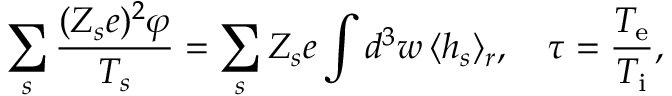
\sum _ { s } \frac { ( Z _ { s } e ) ^ { 2 } \varphi } { T _ { s } } = \sum _ { s } Z _ { s } e \int d ^ { 3 } \boldsymbol { w } \, \langle h _ { s } \rangle _ { \boldsymbol { r } } , \quad \tau = \frac { T _ { \mathrm { e } } } { T _ { \mathrm { i } } } ,